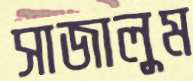
সাজালুম